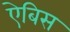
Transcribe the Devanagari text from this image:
ऐबिस